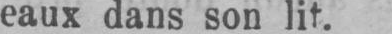
eaux dans son lit.